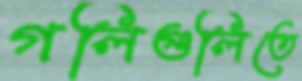
গলিগুলিতে